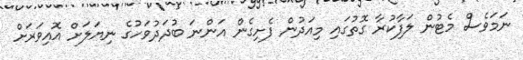
ނަމަވެސް މެޓުން ލަފާކުރާ ގޮތުގައި މިއަދުން ފެށިގެން އަންނަ ބުދަދުވަހުގެ ނިޔަލަށް އޮއިވަރަށް